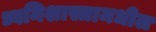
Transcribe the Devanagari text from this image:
ध्वनिशास्त्रामधील